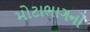
મોટાભાગનો